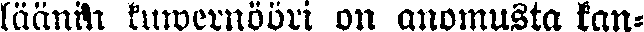
läänin kuwernööri on anomusta kan-